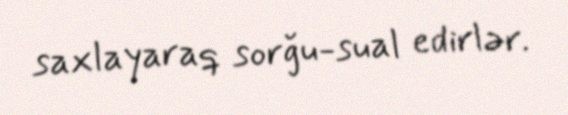
saxlayaraq sorğu-sual edirlər.